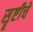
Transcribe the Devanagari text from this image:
सॄष्टीचे